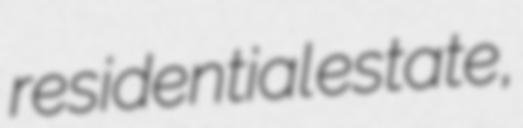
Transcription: residential estate,